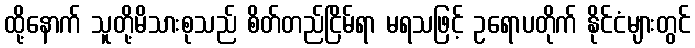
ထို့နောက် သူတို့မိသားစုသည် စိတ်တည်ငြိမ်ရာ မရသဖြင့် ဥရောပတိုက် နိုင်ငံများတွင်